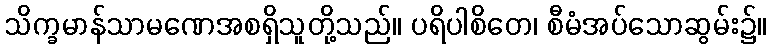
သိက္ခမာန်သာမဏေအစရှိသူတို့သည်။ ပရိပါစိတေ၊ စီမံအပ်သောဆွမ်း၌။